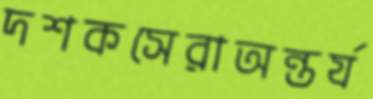
দশকসেরাঅন্তর্য